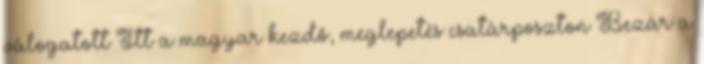
válogatott Itt a magyar kezdő, meglepetés csatárposzton Bezár a